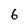
Character: 6